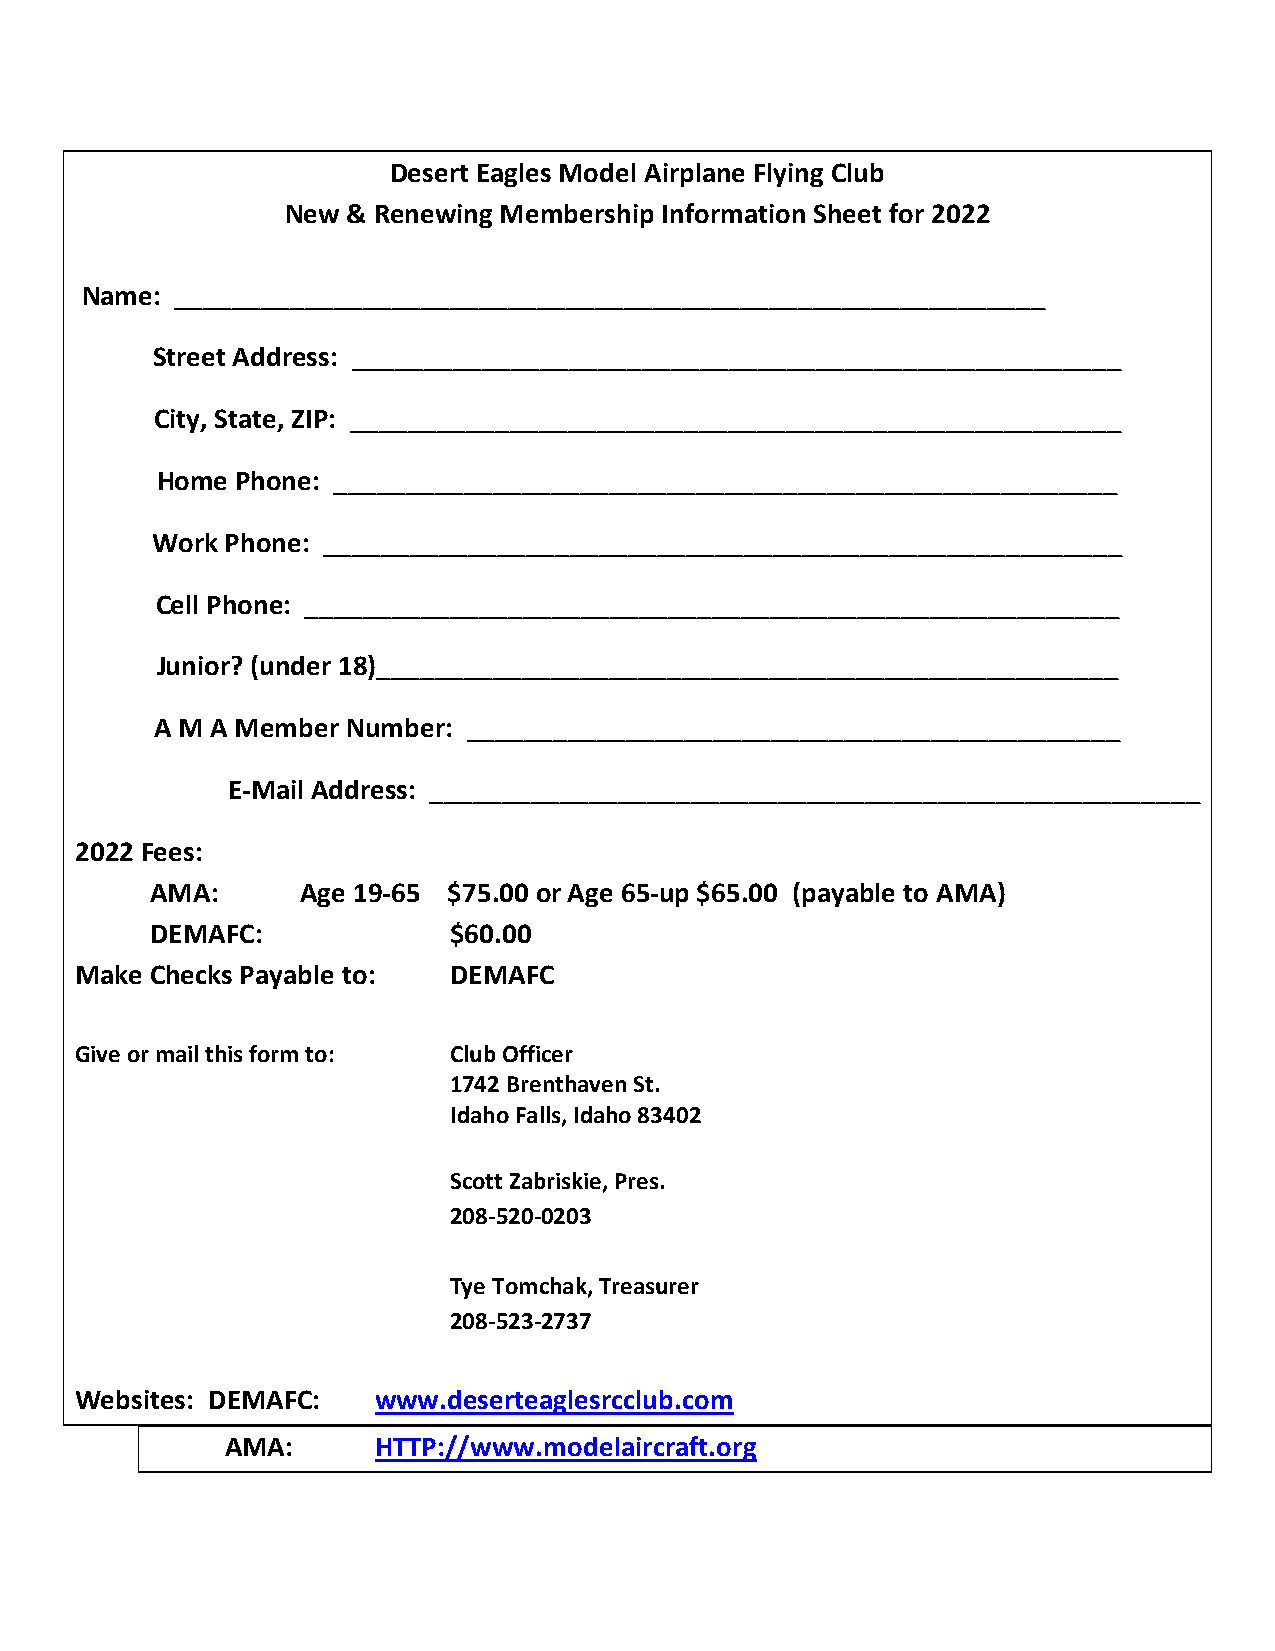
Desert Eagles Model Airplane Flying Club
 New & Renewing Membership Information Sheet for 2022
 Name:  ____________________________________________________________
 Street Address: _____________________________________________________
 City, State, ZIP: _____________________________________________________
 Home  Phone: ______________________________________________________
 Work Phone: _______________________________________________________
 Cell Phone: ________________________________________________________
 Junior? (under 18)___________________________________________________
 A M A Member Number: _____________________________________________
 E-Mail Address: _____________________________________________________
 2022 Fees:
 AMA:      Age 19-65 $75.00 or Age 65-up $65.00 (payable to AMA)
 DEMAFC:             $60.00
 Make Checks Payable to:  DEMAFC
 Give or mail this form to: Club Officer
 1742 Brenthaven St.
 Idaho Falls, Idaho 83402
 Scott Zabriskie, Pres.
 208-520-0203
 Tye Tomchak, Treasurer
 208-523-2737
 Websites: DEMAFC:   www.deserteaglesrcclub.com
 AMA:      HTTP://www.modelaircraft.org